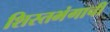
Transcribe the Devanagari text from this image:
शिस्तभंगाची